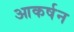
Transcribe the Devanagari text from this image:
आकर्षन